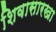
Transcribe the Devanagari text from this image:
शिवासारखा